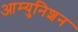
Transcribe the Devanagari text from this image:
आम्युनिशन